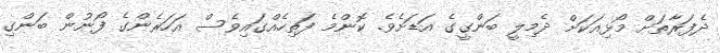
ދެފަރާތަށް މޯޅިއަކަށް ދެމިލީ ބަންގީގެ އަޑަށެވެ. ކޮންމެ ފަތިހެއްގައިވެސް އަހަރެންގެ ފޯނުން ބަންގި